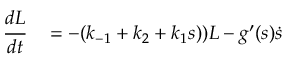
\begin{array} { r l } { \cfrac { d L } { d t } } & { { } = - ( k _ { - 1 } + k _ { 2 } + k _ { 1 } s ) ) L - g ^ { \prime } ( s ) \dot { s } } \end{array}